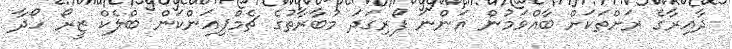
ދާއިރާގެ ރަށްތަކަށް ބާއްވަމުން އަންނަ ފޯރިގަދަ މުބާރާތުގެ ޗެމްޕިއަންކަން ބްލެކް ޒީރޯ ހޯދާ